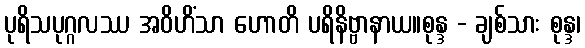
ပုရိသပုဂ္ဂလဿ အဝိဟိံသာ ဟောတိ ပရိနိဗ္ဗာနာယ။စုန္ဒ - ချစ်သား စုန္ဒ၊